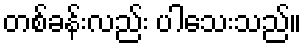
တစ်ခန်းလည်း ပါသေးသည်။